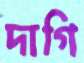
দাগি